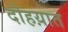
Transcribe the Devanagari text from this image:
दोहय़ात